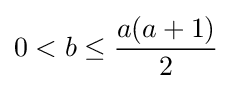
0<b\leq {\frac {a(a+1)}{2}}